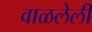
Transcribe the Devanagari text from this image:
वाळलेलीं